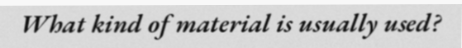
What kind of material is usually used?